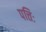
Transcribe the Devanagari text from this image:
पत्तिः